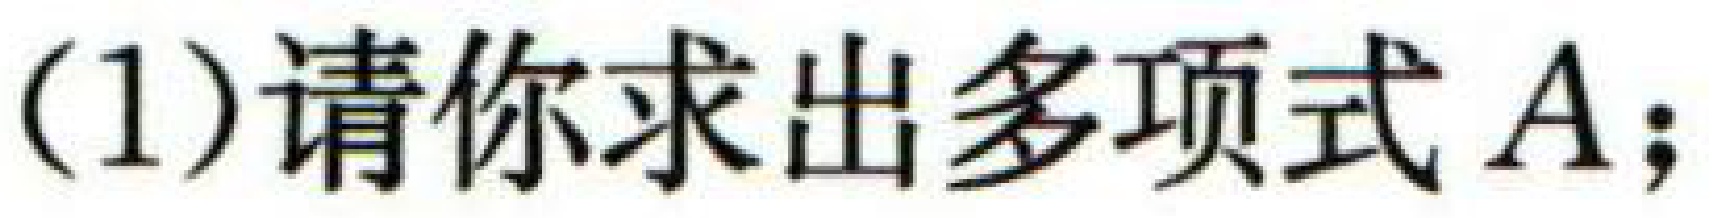
(1)请你求出多项式\(A\)；